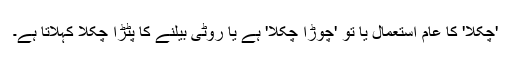
'چکلا' کا عام استعمال یا تو 'چوڑا چکلا' ہے یا روٹی بیلنے کا پٹڑا چکلا کہلاتا ہے۔